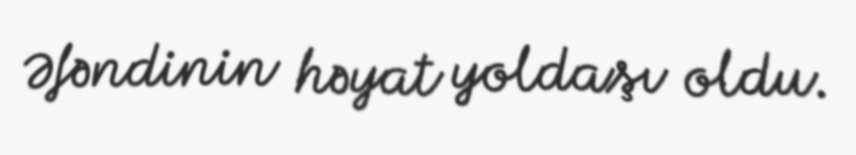
Əfəndinin həyat yoldaşı oldu.